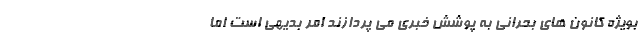
بویژه کانون های بحرانی به پوشش خبری می پردازند امر بدیهی است اما